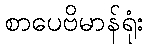
စာပေဗိမာန်ရုံး